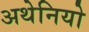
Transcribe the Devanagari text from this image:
अथेनियो